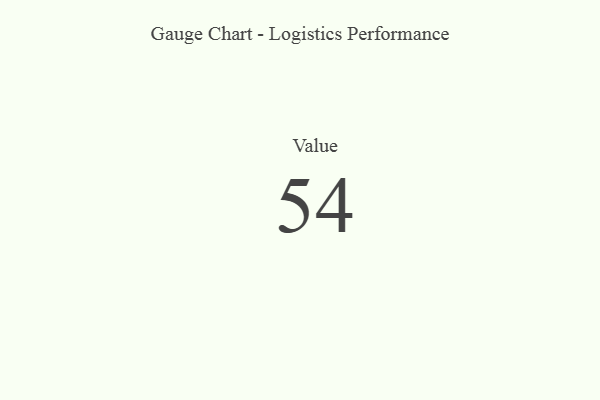
{"axis": {"x": "Metric", "y": "Value"}, "legend": [""], "data": [{"x": "Value", "y": 54, "type": ""}]}